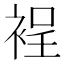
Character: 裎